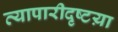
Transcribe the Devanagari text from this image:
व्यापारीदृष्टय़ा